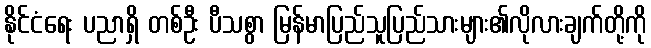
နိုင်ငံရေး ပညာရှိ တစ်ဦး ပီသစွာ မြန်မာပြည်သူပြည်သားများ၏လိုလားချက်တို့ကို